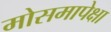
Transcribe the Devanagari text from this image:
मोसमापेक्षा